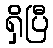
ရှိပြီ